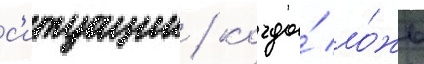
с'итуации / когда́ ло́жь